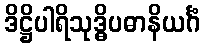
ဒိဋ္ဌိပါရိသုဒ္ဓိပဓာနိယင်္ဂံ